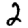
Digit: 2